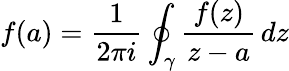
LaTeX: f(a)={\frac{1}{2\pi i}}\oint_{\gamma}{\frac{f(z)}{z-a}}\, dz